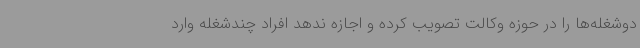
دوشغله‌ها را در حوزه وکالت تصویب کرده و اجازه ندهد افراد چندشغله وارد